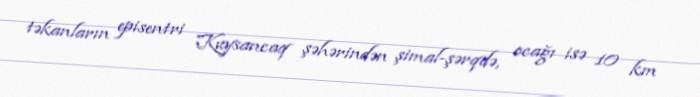
təkanların episentri Kuysancaq şəhərindən şimal-şərqdə, ocağı isə 10 km